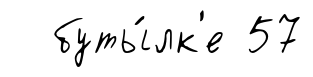
буты́лк'е 57